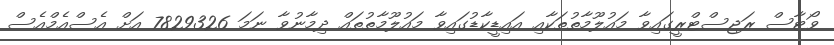
ވޯޓާސް ރަޖިސްޓްރީގައިވާ މައުލޫމާތުތަކާއި އައިޑީކާޑުގައިވާ މައުލޫމާތުތައް ދިމާނުވާ ނަމަ 7829326 އަށް އެސްއެމްއެސް